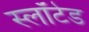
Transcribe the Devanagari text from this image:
स्लॉटेड